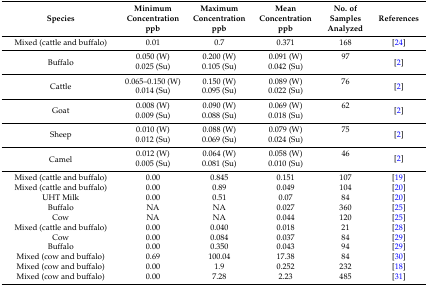
| Species | Minimum Concentration ppb | Maximum Concentration ppb | Mean Concentration ppb | No. of Samples Analyzed | References |
 | --- | --- | --- | --- | --- | --- |
 | Mixed (cattle and buffalo) | 0.01 | 0.7 | 0.371 | 168 | [24] |
 | <ROWSPAN=2> Buffalo | 0.050 (W) | 0.200 (W) | 0.091 (W) | 97 | <ROWSPAN=2> [2] |
 | 0.025 (Su) | 0.105 (Su) | 0.042 (Su) |  |
 | <ROWSPAN=2> Cattle | 0.065–0.150 (W) | 0.150 (W) | 0.089 (W) | 76 | <ROWSPAN=2> [2] |
 | 0.014 (Su) | 0.095 (Su) | 0.022 (Su) |  |
 | <ROWSPAN=2> Goat | 0.008 (W) | 0.090 (W) | 0.069 (W) | 62 | <ROWSPAN=2> [2] |
 | 0.009 (Su) | 0.088 (Su) | 0.018 (Su) |  |
 | <ROWSPAN=2> Sheep | 0.010 (W) | 0.088 (W) | 0.079 (W) | 75 | <ROWSPAN=2> [2] |
 | 0.012 (Su) | 0.069 (Su) | 0.024 (Su) |  |
 | <ROWSPAN=2> Camel | 0.012 (W) | 0.064 (W) | 0.058 (W) | 46 | <ROWSPAN=2> [2] |
 | 0.005 (Su) | 0.081 (Su) | 0.010 (Su) |  |
 | Mixed (cattle and buffalo) | 0.00 | 0.845 | 0.151 | 107 | [19] |
 | Mixed (cattle and buffalo) | 0.00 | 0.89 | 0.049 | 104 | [20] |
 | UHT Milk | 0.00 | 0.51 | 0.07 | 84 | [20] |
 | Buffalo | NA | NA | 0.027 | 360 | [25] |
 | Cow | NA | NA | 0.044 | 120 | [25] |
 | Mixed (cattle and buffalo) | 0.00 | 0.040 | 0.018 | 21 | [28] |
 | Cow | 0.00 | 0.084 | 0.037 | 84 | [29] |
 | Buffalo | 0.00 | 0.350 | 0.043 | 94 | [29] |
 | Mixed (cow and buffalo) | 0.69 | 100.04 | 17.38 | 84 | [30] |
 | Mixed (cow and buffalo) | 0.00 | 1.9 | 0.252 | 232 | [18] |
 | Mixed (cow and buffalo) | 0.00 | 7.28 | 2.23 | 485 | [31] |